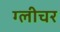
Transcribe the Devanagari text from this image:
ग्लीचर